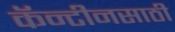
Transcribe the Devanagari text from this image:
कॅन्टीनसाठी